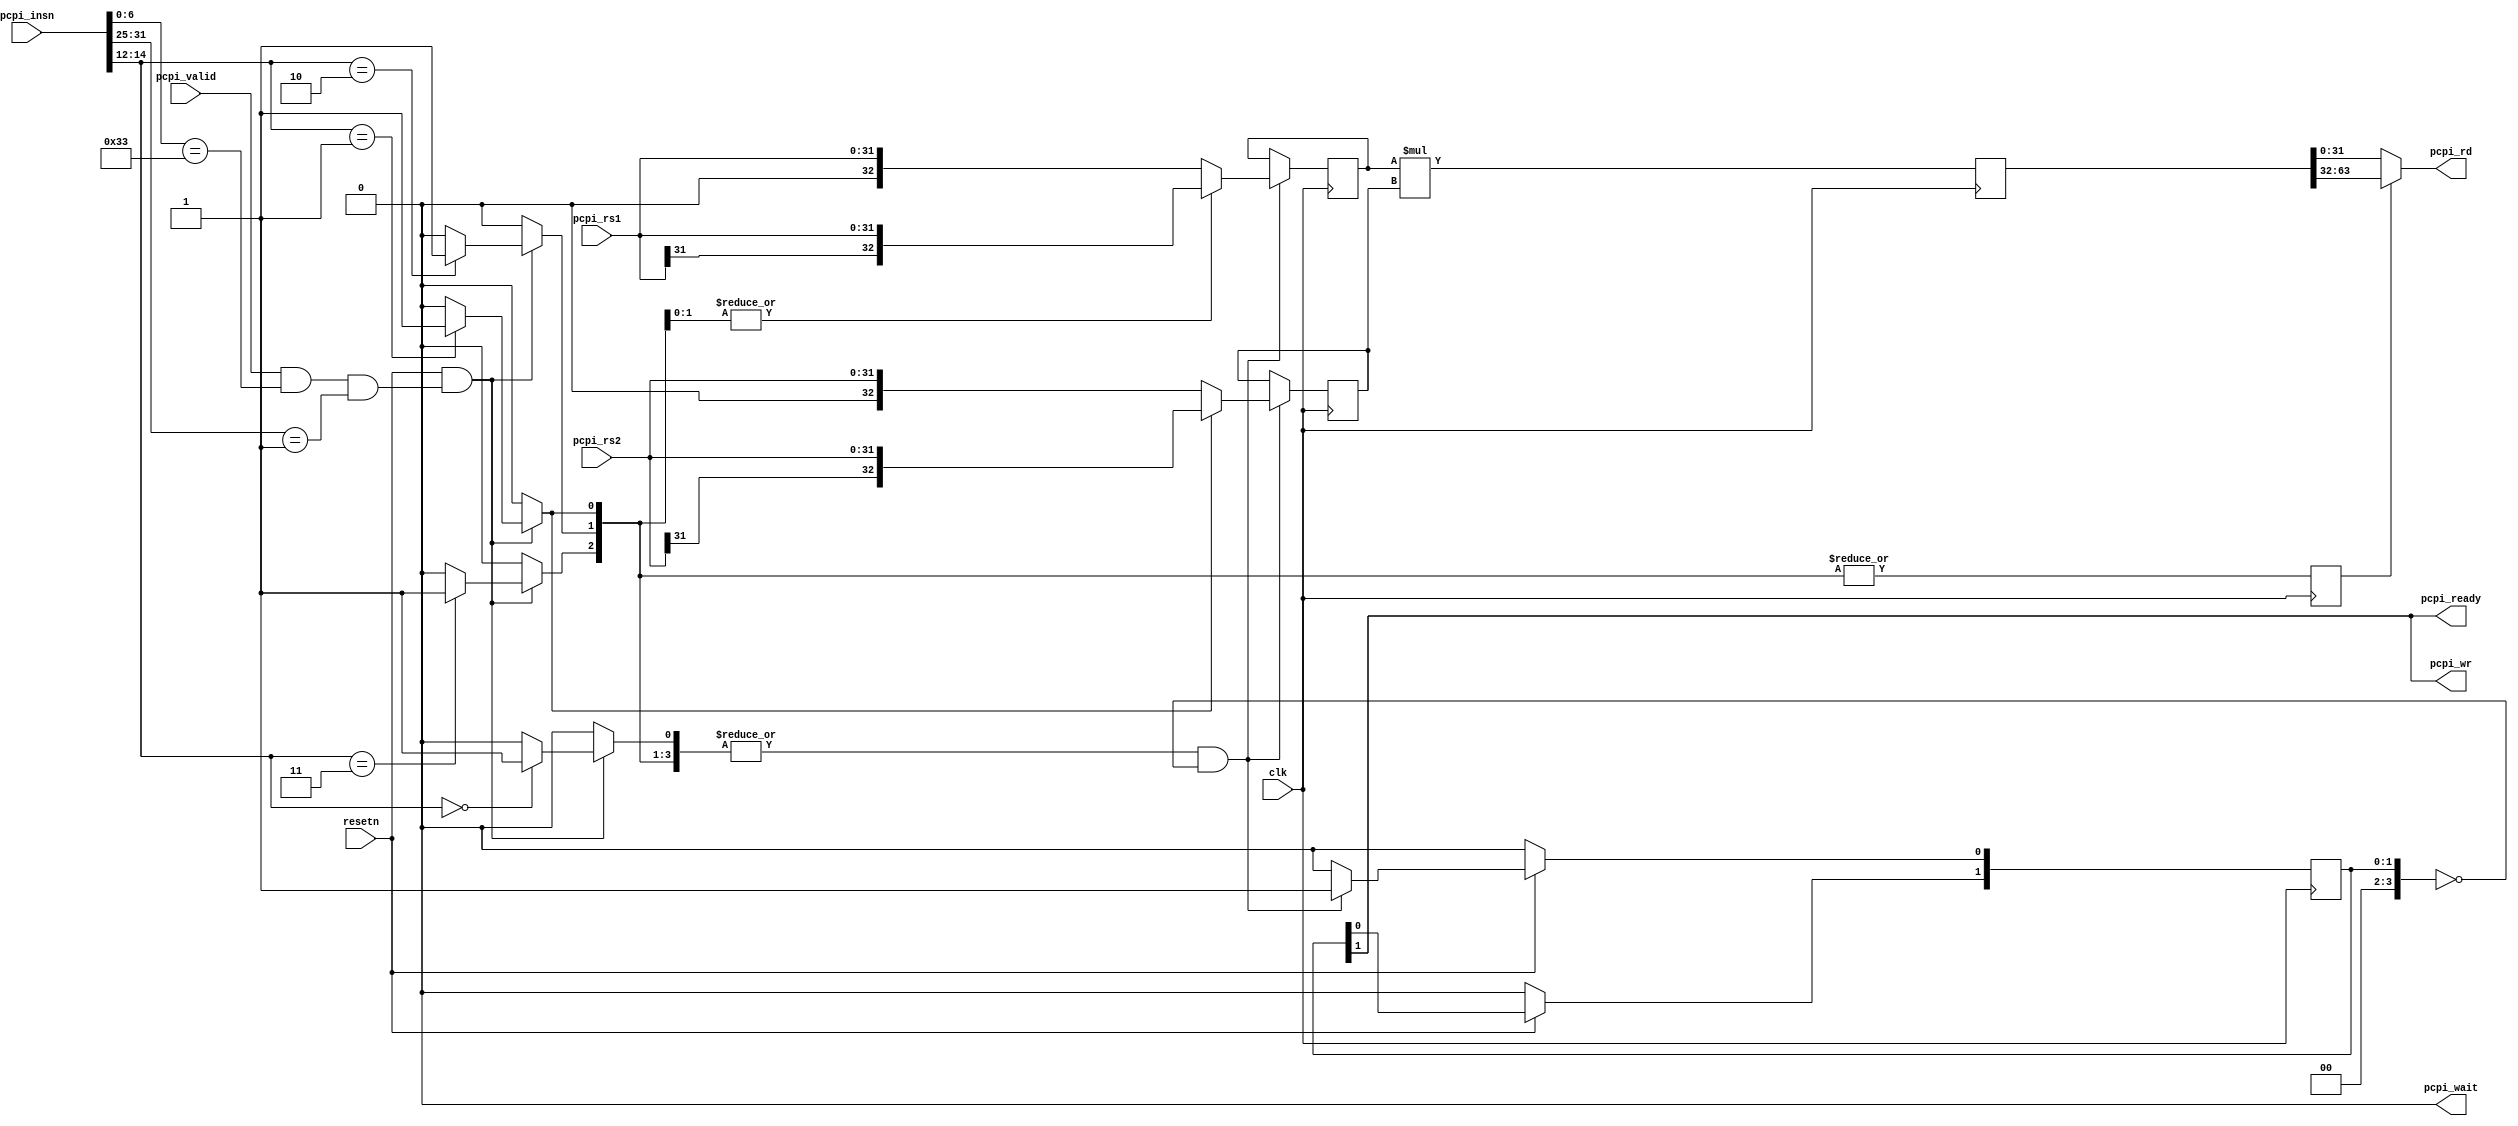
module picorv32_pcpi_fast_mul(
	input clk,
	input resetn,

	input             pcpi_valid,
	input      [31:0] pcpi_insn,
	input      [31:0] pcpi_rs1,
	input      [31:0] pcpi_rs2,
	output            pcpi_wr,
	output     [31:0] pcpi_rd,
	output            pcpi_wait,
	output            pcpi_ready
);

localparam EXTRA_MUL_FFS = 0;
localparam EXTRA_INSN_FFS = 0;
localparam MUL_CLKGATE = 0;

	reg instr_mul, instr_mulh, instr_mulhsu, instr_mulhu;
	wire instr_any_mul = |{instr_mul, instr_mulh, instr_mulhsu, instr_mulhu};
	wire instr_any_mulh = |{instr_mulh, instr_mulhsu, instr_mulhu};
	wire instr_rs1_signed = |{instr_mulh, instr_mulhsu};
	wire instr_rs2_signed = |{instr_mulh};

	reg shift_out;
	reg [3:0] active;
	reg [32:0] rs1, rs2, rs1_q, rs2_q;
	reg [63:0] rd, rd_q;

	wire pcpi_insn_valid = pcpi_valid && pcpi_insn[6:0] == 7'b0110011 && pcpi_insn[31:25] == 7'b0000001;
	reg pcpi_insn_valid_q;

	always @* begin
		instr_mul = 0;
		instr_mulh = 0;
		instr_mulhsu = 0;
		instr_mulhu = 0;

		if (resetn && (EXTRA_INSN_FFS ? pcpi_insn_valid_q : pcpi_insn_valid)) begin
			case (pcpi_insn[14:12])
				3'b000: instr_mul = 1;
				3'b001: instr_mulh = 1;
				3'b010: instr_mulhsu = 1;
				3'b011: instr_mulhu = 1;
			endcase
		end
	end

	always @(posedge clk) begin
		pcpi_insn_valid_q <= pcpi_insn_valid;
		if (!MUL_CLKGATE || active[0]) begin
			rs1_q <= rs1;
			rs2_q <= rs2;
		end
		if (!MUL_CLKGATE || active[1]) begin
			rd <= $signed(EXTRA_MUL_FFS ? rs1_q : rs1) * $signed(EXTRA_MUL_FFS ? rs2_q : rs2);
		end
		if (!MUL_CLKGATE || active[2]) begin
			rd_q <= rd;
		end
	end

	always @(posedge clk) begin
		if (instr_any_mul && !(EXTRA_MUL_FFS ? active[3:0] : active[1:0])) begin
			if (instr_rs1_signed)
				rs1 <= $signed(pcpi_rs1);
			else
				rs1 <= $unsigned(pcpi_rs1);

			if (instr_rs2_signed)
				rs2 <= $signed(pcpi_rs2);
			else
				rs2 <= $unsigned(pcpi_rs2);
			active[0] <= 1;
		end else begin
			active[0] <= 0;
		end

		active[3:1] <= active;
		shift_out <= instr_any_mulh;

		if (!resetn)
			active <= 0;
	end

	assign pcpi_wr = active[EXTRA_MUL_FFS ? 3 : 1];
	assign pcpi_wait = 0;
	assign pcpi_ready = active[EXTRA_MUL_FFS ? 3 : 1];
`ifdef RISCV_FORMAL_ALTOPS
	assign pcpi_rd =
			instr_mul    ? (pcpi_rs1 + pcpi_rs2) ^ 32'h5876063e :
			instr_mulh   ? (pcpi_rs1 + pcpi_rs2) ^ 32'hf6583fb7 :
			instr_mulhsu ? (pcpi_rs1 - pcpi_rs2) ^ 32'hecfbe137 :
			instr_mulhu  ? (pcpi_rs1 + pcpi_rs2) ^ 32'h949ce5e8 : 1'bx;
`else
	assign pcpi_rd = shift_out ? (EXTRA_MUL_FFS ? rd_q : rd) >> 32 : (EXTRA_MUL_FFS ? rd_q : rd);
`endif
endmodule